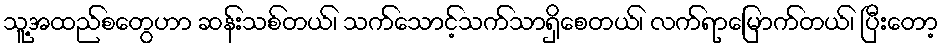
သူ့အထည်စတွေဟာ ဆန်းသစ်တယ်၊ သက်သောင့်သက်သာရှိစေတယ်၊ လက်ရာမြောက်တယ်၊ ပြီးတော့